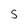
Character: S